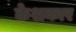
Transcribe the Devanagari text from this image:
केशकार